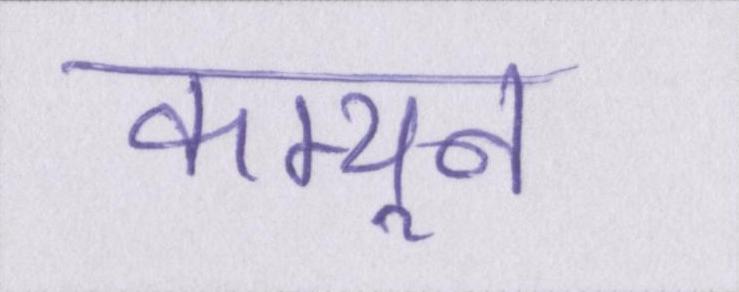
कम्यून